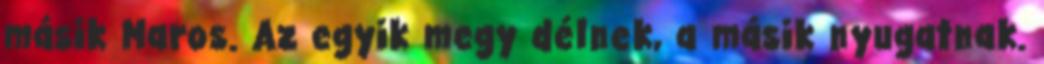
másik Maros. Az egyik megy délnek, a másik nyugatnak.